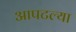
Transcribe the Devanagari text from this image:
आपटल्या